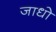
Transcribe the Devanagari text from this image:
जाधो